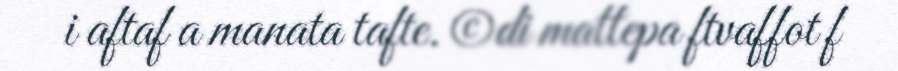
i aftaf a manata tafte. ©di mattepa ftvaffot f